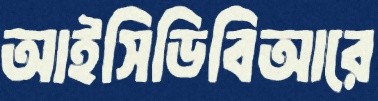
আইসিডিবিআরে